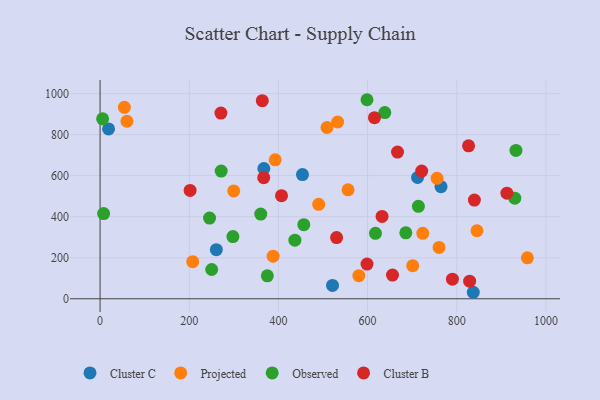
{"axis": {"x": "Investment", "y": "Exam Score"}, "legend": ["Cluster B", "Cluster C", "Observed", "Projected"], "data": [{"x": "521.3", "y": 65.0, "type": "Cluster C"}, {"x": "712.0", "y": 591.1, "type": "Cluster C"}, {"x": "367.3", "y": 635.0, "type": "Cluster C"}, {"x": "260.7", "y": 239.6, "type": "Cluster C"}, {"x": "19.0", "y": 827.8, "type": "Cluster C"}, {"x": "453.9", "y": 605.2, "type": "Cluster C"}, {"x": "837.0", "y": 31.7, "type": "Cluster C"}, {"x": "764.6", "y": 546.4, "type": "Cluster C"}, {"x": "845.3", "y": 331.6, "type": "Projected"}, {"x": "958.3", "y": 199.6, "type": "Projected"}, {"x": "490.3", "y": 460.2, "type": "Projected"}, {"x": "60.3", "y": 865.3, "type": "Projected"}, {"x": "299.7", "y": 525.9, "type": "Projected"}, {"x": "54.5", "y": 933.4, "type": "Projected"}, {"x": "392.7", "y": 677.5, "type": "Projected"}, {"x": "755.8", "y": 587.3, "type": "Projected"}, {"x": "388.1", "y": 207.7, "type": "Projected"}, {"x": "508.9", "y": 834.8, "type": "Projected"}, {"x": "701.1", "y": 161.3, "type": "Projected"}, {"x": "532.8", "y": 861.8, "type": "Projected"}, {"x": "723.7", "y": 318.9, "type": "Projected"}, {"x": "556.2", "y": 531.2, "type": "Projected"}, {"x": "760.2", "y": 250.3, "type": "Projected"}, {"x": "207.7", "y": 180.7, "type": "Projected"}, {"x": "580.3", "y": 112.7, "type": "Projected"}, {"x": "271.6", "y": 622.5, "type": "Observed"}, {"x": "250.3", "y": 142.6, "type": "Observed"}, {"x": "930.1", "y": 490.3, "type": "Observed"}, {"x": "297.9", "y": 303.4, "type": "Observed"}, {"x": "456.9", "y": 361.0, "type": "Observed"}, {"x": "617.6", "y": 319.3, "type": "Observed"}, {"x": "5.7", "y": 877.2, "type": "Observed"}, {"x": "360.3", "y": 413.1, "type": "Observed"}, {"x": "375.1", "y": 112.0, "type": "Observed"}, {"x": "7.9", "y": 415.2, "type": "Observed"}, {"x": "245.5", "y": 393.5, "type": "Observed"}, {"x": "598.6", "y": 970.3, "type": "Observed"}, {"x": "685.7", "y": 321.6, "type": "Observed"}, {"x": "436.9", "y": 285.8, "type": "Observed"}, {"x": "932.7", "y": 723.2, "type": "Observed"}, {"x": "638.5", "y": 907.9, "type": "Observed"}, {"x": "713.9", "y": 450.6, "type": "Observed"}, {"x": "363.8", "y": 965.5, "type": "Cluster B"}, {"x": "839.5", "y": 480.9, "type": "Cluster B"}, {"x": "615.4", "y": 882.6, "type": "Cluster B"}, {"x": "826.4", "y": 745.6, "type": "Cluster B"}, {"x": "201.9", "y": 528.0, "type": "Cluster B"}, {"x": "912.4", "y": 514.8, "type": "Cluster B"}, {"x": "655.8", "y": 115.5, "type": "Cluster B"}, {"x": "367.0", "y": 590.2, "type": "Cluster B"}, {"x": "271.0", "y": 905.3, "type": "Cluster B"}, {"x": "632.4", "y": 401.2, "type": "Cluster B"}, {"x": "598.7", "y": 169.3, "type": "Cluster B"}, {"x": "828.8", "y": 86.0, "type": "Cluster B"}, {"x": "667.1", "y": 715.0, "type": "Cluster B"}, {"x": "530.4", "y": 298.5, "type": "Cluster B"}, {"x": "790.2", "y": 95.7, "type": "Cluster B"}, {"x": "721.3", "y": 622.5, "type": "Cluster B"}, {"x": "406.9", "y": 502.7, "type": "Cluster B"}]}